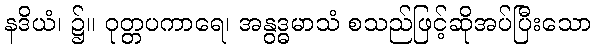
နဒိယံ၊ ၌။ ဝုတ္တပကာရေ၊ အနွဒ္ဓမာသံ စသည်ဖြင့်ဆိုအပ်ပြီးသော